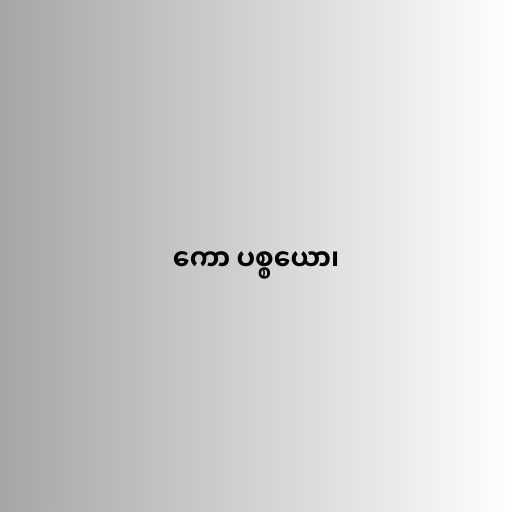
ကော ပစ္စယော၊